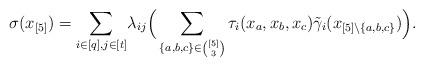
LaTeX: \begin{align*}\sigma(x_{[5]}) = \sum_{i \in [q], j \in [t]}& \lambda_{ij}\Big(\sum_{\{a,b,c\} \in \binom{[5]}{3}}\tau_{i}(x_a, x_b, x_c) \tilde{\gamma}_i(x_{[5] \setminus \{a,b,c\}})\Big).\end{align*}